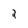
Character: 2